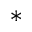
^ *